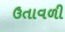
ઉતાવળી